Report of the Indian Hemp Drugs Commission, 1894-1895 - Volume V
Year: 1894
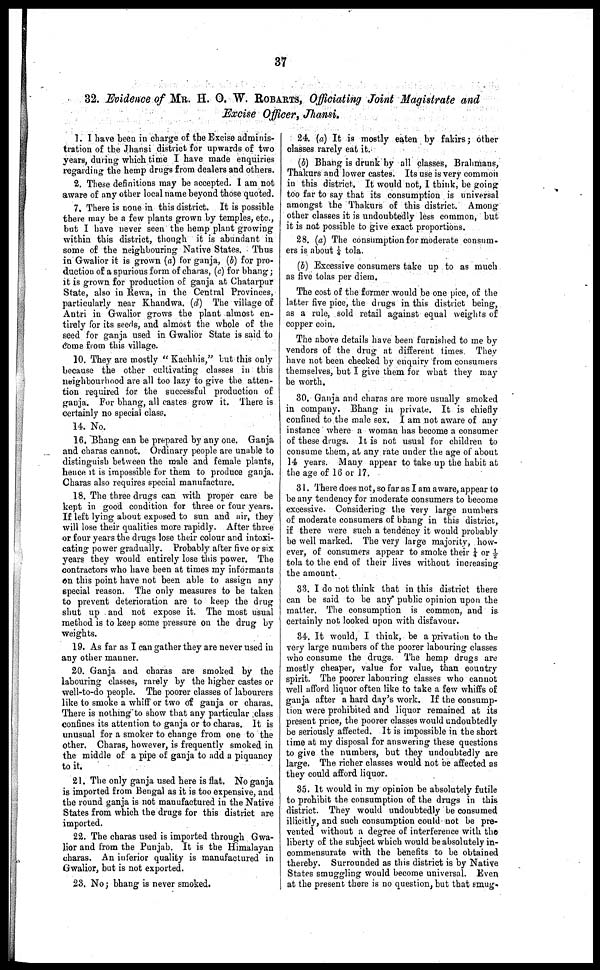
37
32. Evidence of MR. H. O. W. ROBARTS, Officiating Joint Magistrate and
Excise Officer, Jhansi.
1. I have been in charge of the Excise adminis-
tration of the Jhansi district for upwards of two
years, during which time I have made enquiries
regarding the hemp drugs from dealers and others.
2. These definitions may be accepted. 1 am not
aware of any other local name beyond those quoted.
7, There is none in this district. It is possible
there may be a few plants grown by temples, etc.,
but I have never seen the hemp plant growing
within this district, though it is abundant in
some of the neighbouring Native States. Thus
in Gwalior it is grown (a) for ganja, (b) for pro-
duction of a spurious form of charas, (c) for bhang ;
it is grown for production of ganja at Chatarpur
State, also in Rewa, in the Central Provinces,
particularly near Khandwa. (d) The village of
Antri in Gwalior grows the plant almost en-
tirely for its seeds, and almost the whole of the
seed for ganja used in Gwalior State is said to
come from this village.
10. They are mostly "Kachhis," but this only
because the other cultivating classes in this
neighbourhood are all too lazy to give the atten-
tion required for the successful production of
ganja. For bhang, all castes grow it. There is
certainly no special class.
14. No.
16. Bhang can be prepared by any one. Ganja
and charas cannot. Ordinary people are unable to
distinguish between the male and female plants,
hence it is impossible for them to produce ganja.
Charas also requires special manufacture.
18. The three drugs can with proper care be
kept in good condition for three or four years.
If left lying about exposed to sun and air, they
will lose their qualities more rapidly. After three
or four years the drugs lose their colour and intoxi-
cating power gradually. Probably after five or sis
years they would entirely lose this power. The
contractors who have been at times my informants
on this point have not been able to assign any
special reason. The only measures to be taken
to prevent deterioration are to keep the drug
shut up and not expose it. The most usual
method is to keep some pressure on the drug by
weights.
19. As far as I can gather they are never used in
any other manner.
20. Ganja and charas are smoked by the
labouring classes, rarely by the higher castes or
well-to-do people. The poorer classes of labourers
like to smoke a whiff or two of ganja or charas.
There is nothing to show that any particular class
confines its attention to ganja or to charas. It is
unusual for a smoker to change from one to the
other. Charas, however, is frequently smoked in
the middle of a pipe of ganja to add a piquancy
to it.
21. The only ganja used here is flat. No ganja
is imported from Bengal as it is too expensive, and
the round ganja is not manufactured in the Native
States from which the drugs for this district are
imported.
22. The charas used is imported through Gwa-
lior and from the Punjab. It is the Himalayan
charas. An inferior quality is manufactured in
Gwalior, but is not exported.
23. No ; bhang is never smoked.
24. (a) It is mostly eaten by fakirs ; other
classes rarely eat it.
(b) Bhang is drunk by all classes, Brahmans,
Thakurs and lower castes. Its use is very common
in this district. It would not, I think, be going
too far to say that its consumption is universal
amongst the Thakurs of this district. Among
other classes it is undoubtedly less common, but
it is not possible to give exact proportions.
28. (a) The consumption for moderate consum-
ers is about ¼ tola.
(b) Excessive consumers take up to as much
as five tolas per diem.
The cost of the former would be one pice, of the
latter five pice, the drugs in this district being,
as a rule, sold retail against equal weights of
copper coin.
The above details have been furnished to me by
vendors of the drug at different times. They
have not been checked by enquiry from consumers
themselves, but I give them for what they may
be worth.
30. Ganja and charas are more usually smoked
in company. Bhang in private. It is chiefly
confined to the male sex. I am not aware of any
instance where a woman has become a consumer
of these drugs. It is not usual for children to
consume them, at any rate under the age of about
14 years. Many appear to take up the habit at
the age of 16 or 17.
31. There does not, so far as I am aware, appear to
be any tendency for moderate consumers to become
excessive. Considering the very large numbers
of moderate cousumers of bhang in this district,
if there were such a tendency it would probably
be well marked. The very large majority, how-
ever, of consumers appear to smoke their ¼ or ½
tola to the end of their lives without increasing
the amount.
33. I do not think that in this district there
can be said to be any* public opinion upon the
matter. The consumption is common, and is
certainly not looked upon with disfavour.
34. It would, I think, be a privation to the
very large numbers of the poorer labouring classes
who consume the drugs. The hemp drugs are
mostly cheaper, value for value, than country
spirit. The poorer labouring classes who cannot
well afford liquor often like to take a few whiffs of
ganja after a hard day's work. If the consump-
tion were prohibited and liquor remained at its
present price, the poorer classes would undoubtedly
be seriously affected. It is impossible in the short
time at my disposal for answering these questions
to give the numbers, but they undoubtedly are
large. The richer classes would not be affected as
they could afford liquor.
35. It would in my opinion be absolutely futile
to prohibit the consumption of the drags in this
district. They would undoubtedly be consumed
illicitly, and such consumption could not be pre-
vented without a degree of interference with the
liberty of the subject which would be absolutely in-
commensurate with the benefits to be obtained
thereby. Surrounded as this district is by Native
States smuggling would become universal. Even
at the present there is no question, but that smug-